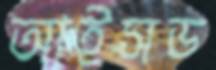
আইসড